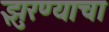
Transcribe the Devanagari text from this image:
झुरण्याचा